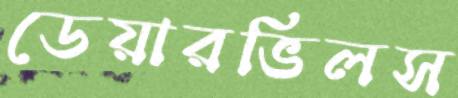
ডেয়ারভিলস